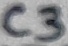
Text: C3